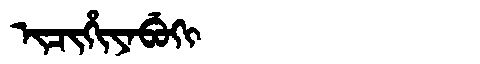
Manchu: ᡳᠴᡳᡥᡳᠶᠠᠪᡠᡴᡳ
Romanization: ICIHIYABUKI